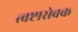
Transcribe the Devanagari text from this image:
त्वष्टासेवक